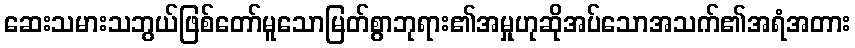
ဆေးသမားသဘွယ်ဖြစ်တော်မူသောမြတ်စွာဘုရား၏အမှုဟုဆိုအပ်သောအသက်၏အရံအတား